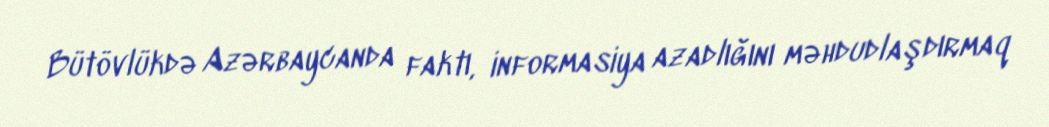
Bütövlükdə Azərbaycanda faktı, informasiya azadlığını məhdudlaşdırmaq